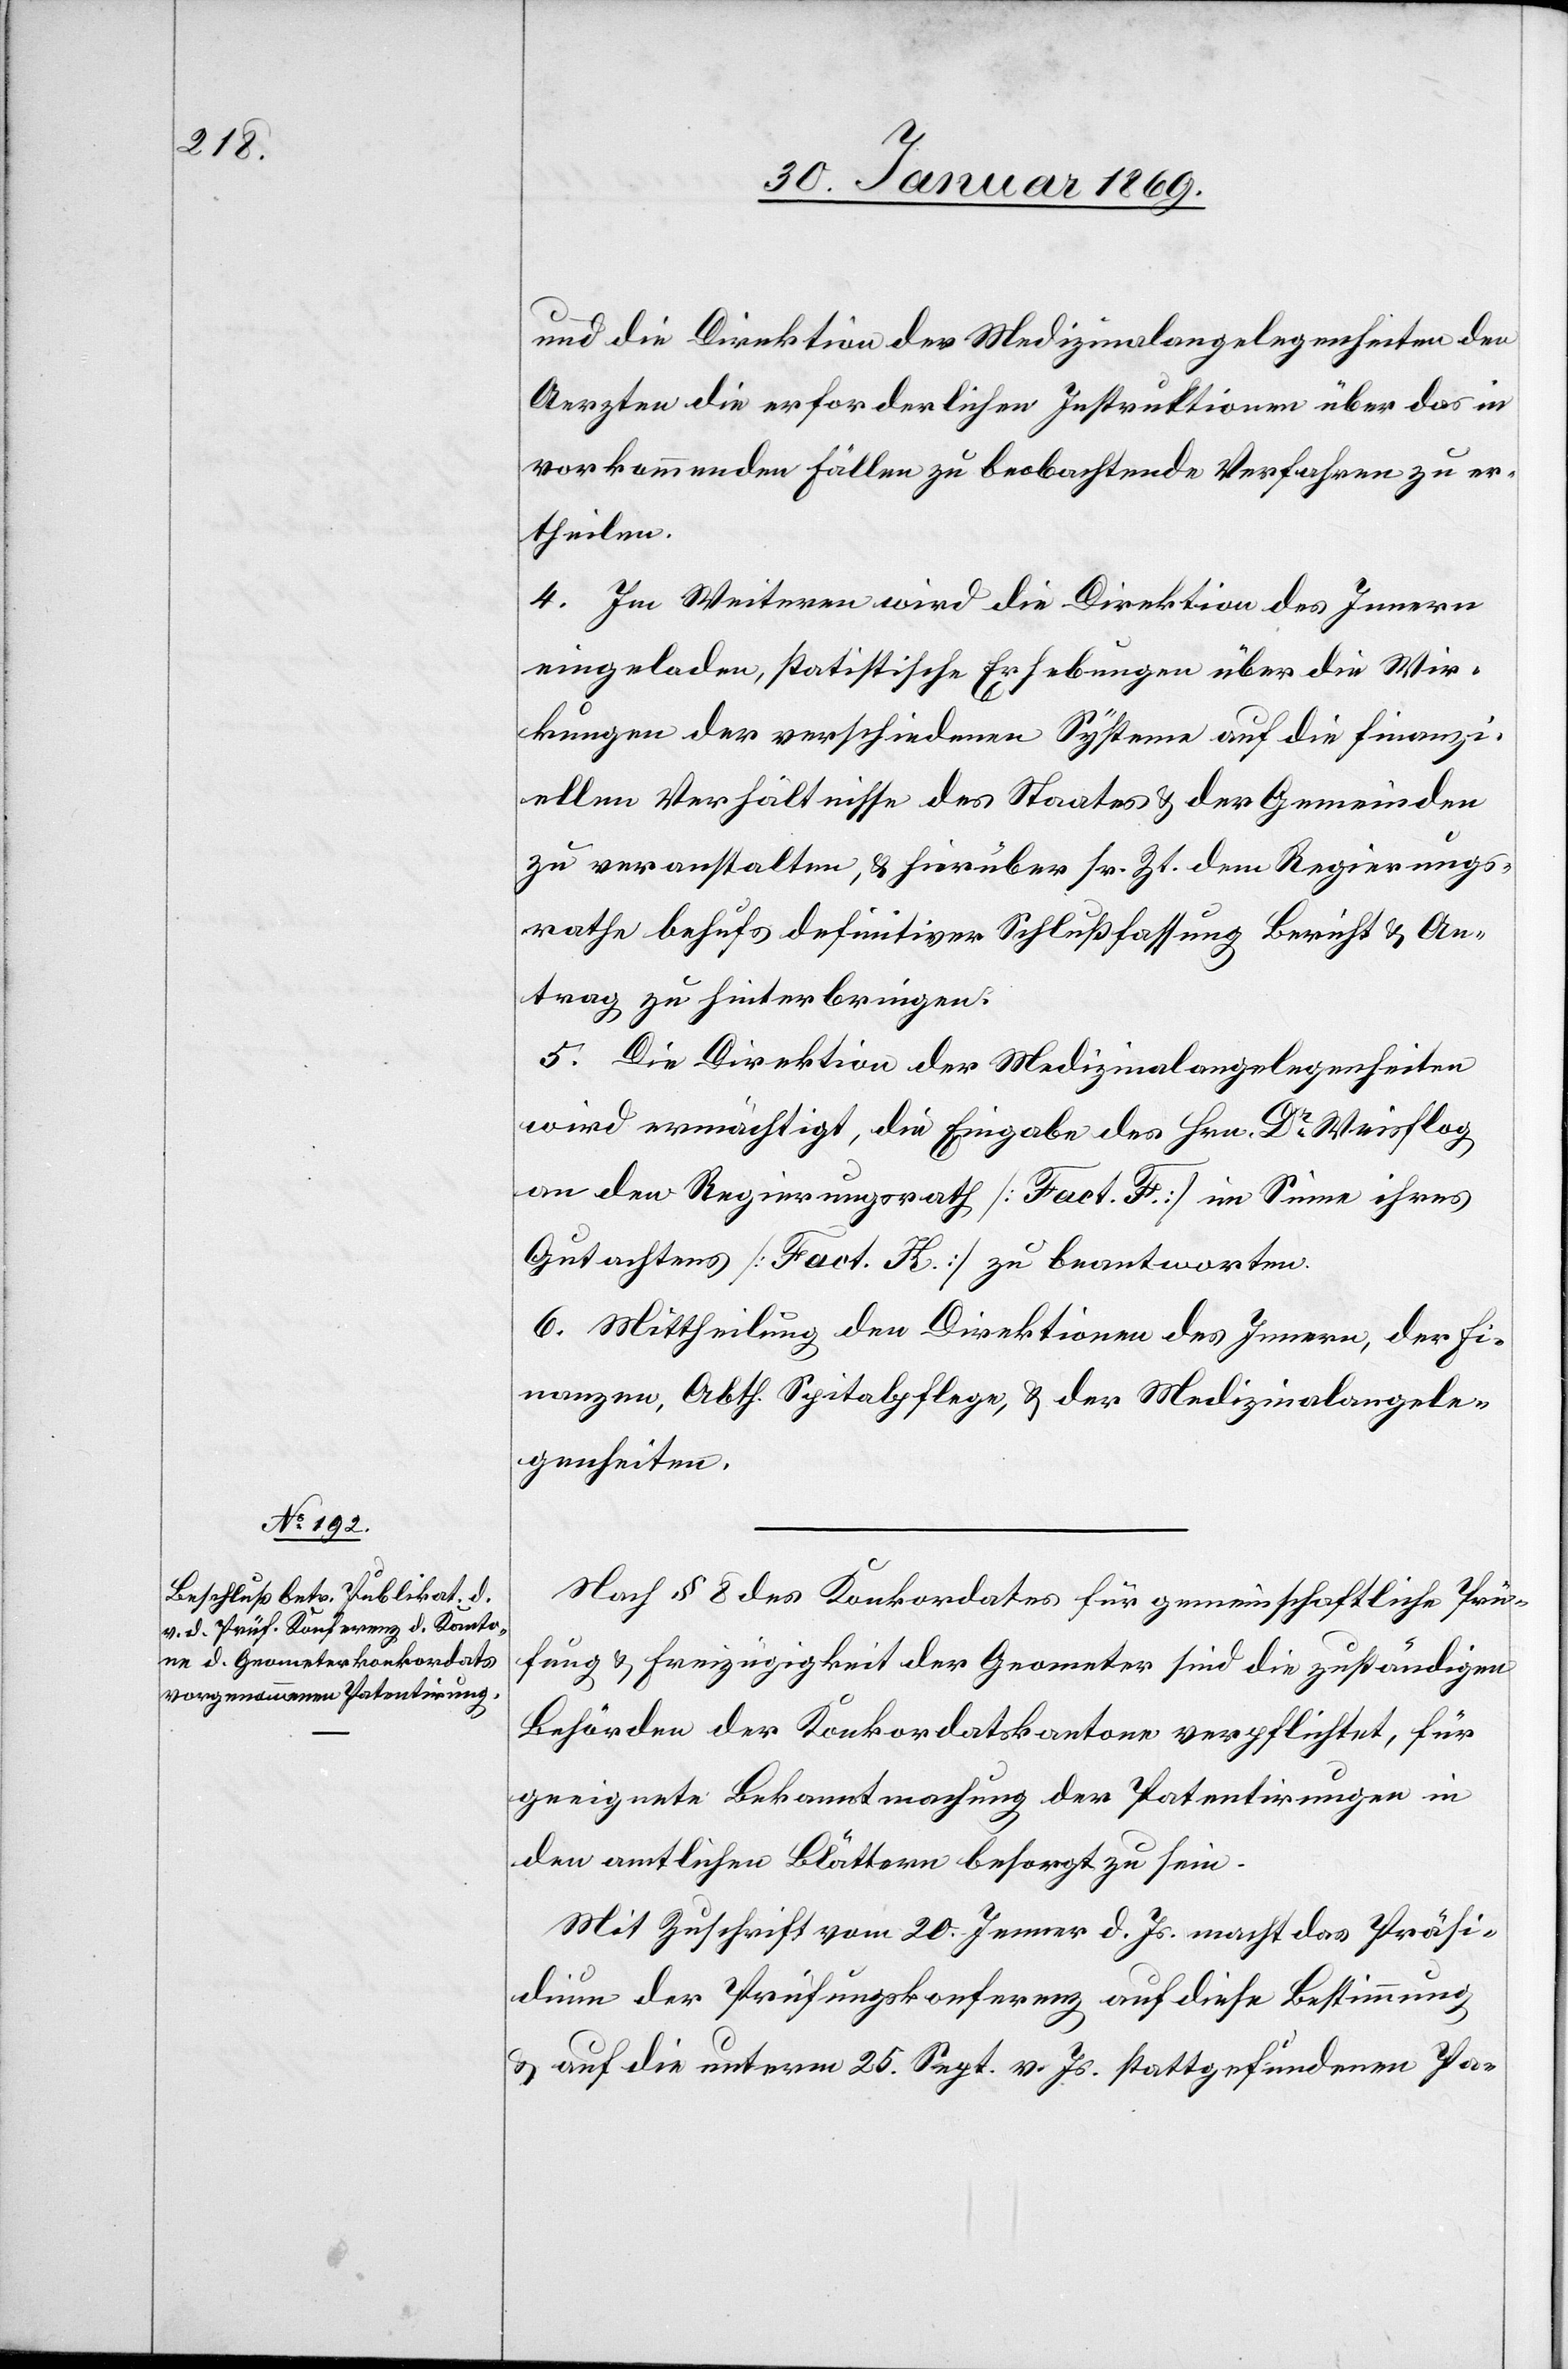
und die Direktion der Medizinalangelegenheiten den
Aerzten die erforderlichen Instruktionen über das in
vorkommenden Fällen zu beobachtende Verfahren zu er¬
theilen.
4. Im Weiteren wird die Direktion des Innern
eingeladen, statistische Erhebungen über die Wir¬
kungen der verschiedenen Systeme auf die finanzi¬
ellen Verhältnisse des Staates & der Gemeinden
zu veranstalten, & hierüber sr. Zt. dem Regierungs¬
rathe behufs definitiver Schlußfassung Bericht & An¬
trag zu hinterbringen.
5. Die Direktion der Medizinalangelegenheiten
wird ermächtigt, die Eingabe des Hrn. Dr Weisflog
an den Regierungsrath [Fact F] im Sinne ihres
Gutachtens [Fact H] zu beantworten.
6. Mittheilung den Direktionen des Innern, der Fi¬
nanzen, Abth. Spitalpflege, & der Medizinalangele¬
genheiten.
Nach § 8 des Konkordates für gemeinschaftliche Prü¬
fung u. Freizügigkeit der Geometer sind die zuständigen
Behörden der Konkordatskantone verpflichtet, für
geeignete Bekanntmachung der Patentirungen in
den amtlichen Blättern besorgt zu sein.
Mit Zuschrift vom 20. Jenner d. Js. macht das Präsi¬
dium der Prüfungskonferenz auf diese Bestimmung
u. auf die unterm 25. Sept. d. Js. stattgefundenen Pa-